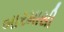
બારમાસી